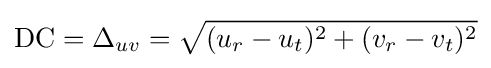
{\text{DC}}=\Delta _{uv}={\sqrt {(u_{r}-u_{t})^{2}+(v_{r}-v_{t})^{2}}}